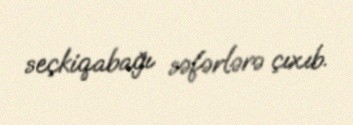
seçkiqabağı səfərlərə çıxıb.